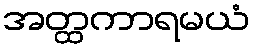
အတ္ထကာရမယံ